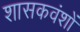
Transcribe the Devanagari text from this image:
शासकवंशों